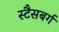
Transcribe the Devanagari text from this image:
स्टैसबर्ग